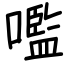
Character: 嚂